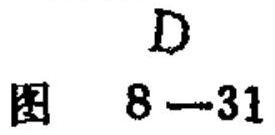
图 \(8 - 31\)
\(D\)